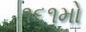
૧૬૧મો